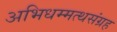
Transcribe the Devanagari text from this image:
अभिधम्मत्थसंग्रह